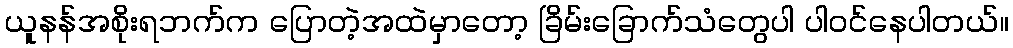
ယူနန်အစိုးရဘက်က ပြောတဲ့အထဲမှာတော့ ခြိမ်းခြောက်သံတွေပါ ပါဝင်နေပါတယ်။